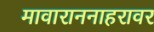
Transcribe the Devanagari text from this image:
मावाराननाहरावर